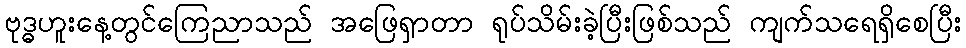
ဗုဒ္ဓဟူးနေ့တွင်ကြေညာသည် အဖြေရှာတာ ရုပ်သိမ်းခဲ့ပြီးဖြစ်သည် ကျက်သရေရှိစေပြီး